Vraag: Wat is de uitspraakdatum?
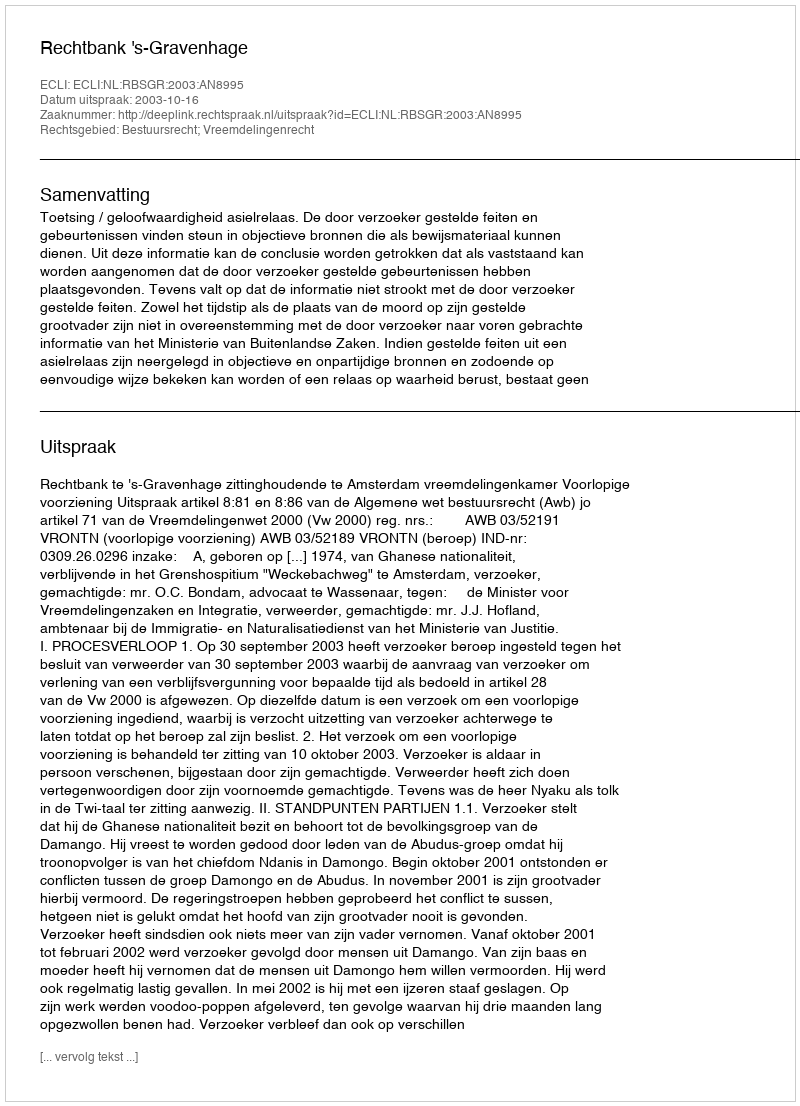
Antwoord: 2003-10-16